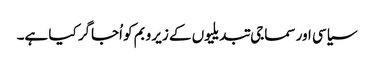
سیاسی اور سماجی تبدیلیوں کے زیر و بم کو اُجاگر کیا ہے۔